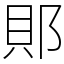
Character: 郥